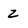
Character: Z